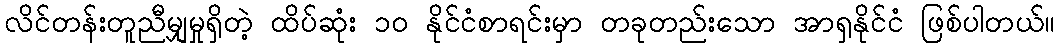
လိင်တန်းတူညီမျှမှုရှိတဲ့ ထိပ်ဆုံး ၁၀ နိုင်ငံစာရင်းမှာ တခုတည်းသော အာရှနိုင်ငံ ဖြစ်ပါတယ်။